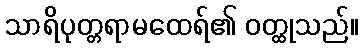
သာရိပုတ္တရာမထေရ်၏ ဝတ္ထုသည်။